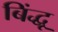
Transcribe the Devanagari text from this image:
बिंद्धू